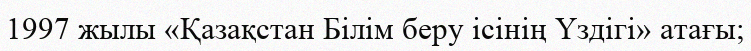
1997 жылы «Қазақстан Білім беру ісінің Үздігі» атағы;